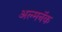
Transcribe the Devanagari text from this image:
अल्मनॅक